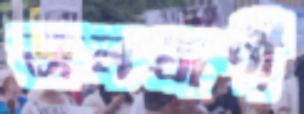
জনপ্রাণী